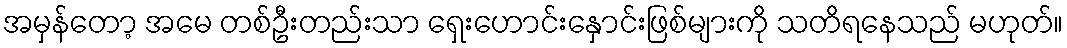
အမှန်တော့ အမေ တစ်ဦးတည်းသာ ရှေးဟောင်းနှောင်းဖြစ်များကို သတိရနေသည် မဟုတ်။